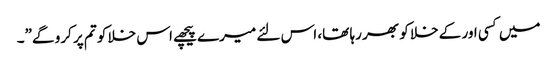
میں کسی اور کے خلا کو بھر رہا تھا، اس لئے میرے پیچھے اس خلا کو تم پر کرو گے”۔